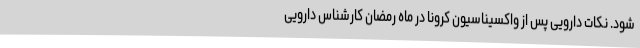
شود. نکات دارویی پس از واکسیناسیون کرونا در ماه رمضان کارشناس دارویی